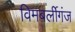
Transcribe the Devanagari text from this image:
विमबर्लीगंज